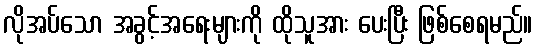
လိုအပ်သော အခွင့်အရေးများကို ထိုသူအား ပေးပြီး ဖြစ်စေရမည်။